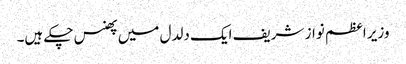
وزیر اعظم نواز شریف ایک دلدل میں پھنس چکے ہیں۔